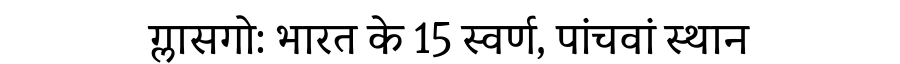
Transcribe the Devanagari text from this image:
ग्लासगो: भारत के 15 स्वर्ण, पांचवां स्थान